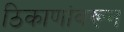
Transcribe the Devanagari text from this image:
ठिकाणांवरून